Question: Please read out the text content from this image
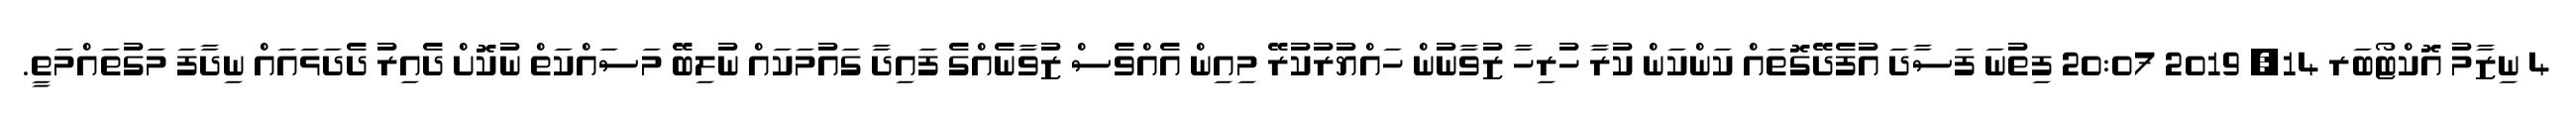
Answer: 4 ނިޒާމު އޮކްޓޯބަރ 14, 2019 20:07 ފިތުނަ ފަސާދަ އުފެދޭގޮތައް ކަންކަން ކުރާ ހުރިހާ ޒުވާނުން ހައްޔުރުކުރޭ މިއިން އެއްވެސް ޒުވާނެއްގެ ފައިދާ ގައުމަކައް ނުލިބޭ މަސައްކަތް ނުކޮށް ދެއިރު ދެދަޅައައް ނިދާފަ މަގުތައްމަތީ.